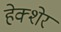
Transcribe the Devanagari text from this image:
हेक्शेर